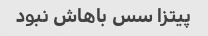
پیتزا سس باهاش نبود